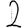
Digit: 2